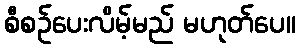
စီစဉ်ပေးလိမ့်မည် မဟုတ်ပေ။